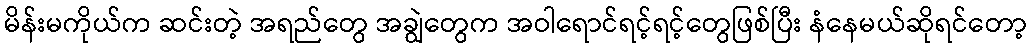
မိန်းမကိုယ်က ဆင်းတဲ့ အရည်တွေ အချွဲတွေက အဝါရောင်ရင့်ရင့်တွေဖြစ်ပြီး နံနေမယ်ဆိုရင်တော့